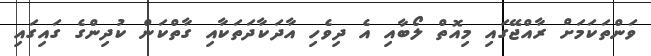
ވަންތަކަމަށް ރާއްޖޭގައި މިއޮތް ލޯބާއި އެ ދިވެހި އާދަކާދަތަކާއި ގާތްކަން ކުދިންގެ ގައިގައި